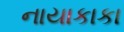
નાયાકાકા